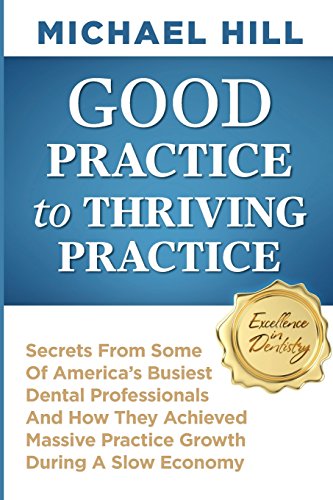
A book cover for Good Practice To Thriving Practice: Secrets From Some Of America's Busiest Dental Professionals And How They Achieved Massive Practice Growth During A Slow Economy; Michael Hill; Medical Books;